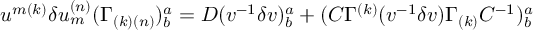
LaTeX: u ^ { { m ( k ) } } \delta u _ { { m } } ^ { { ( n ) } } ( \Gamma _ { { ( k ) ( n ) } } ) _ { { b } } ^ { { a } } = D ( v ^ { - { 1 } } \delta v ) _ { { b } } ^ { { a } } + ( C \Gamma ^ { { ( k ) } } ( v ^ { - { 1 } } \delta v ) \Gamma _ { { ( k ) } } C ^ { - { 1 } } ) _ { { b } } ^ { { a } } \qquad